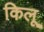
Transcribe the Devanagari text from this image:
किलू